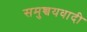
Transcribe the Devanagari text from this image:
समुच्चयवादी